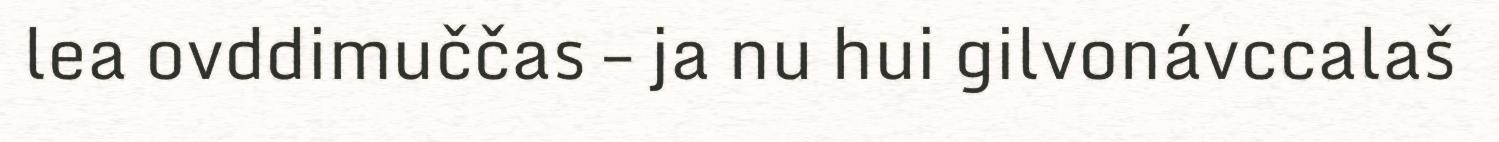
lea ovddimuččas – ja nu hui gilvonávccalaš